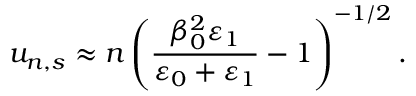
u _ { n , s } \approx n \left( \frac { \beta _ { 0 } ^ { 2 } \varepsilon _ { 1 } } { \varepsilon _ { 0 } + \varepsilon _ { 1 } } - 1 \right) ^ { - 1 / 2 } .